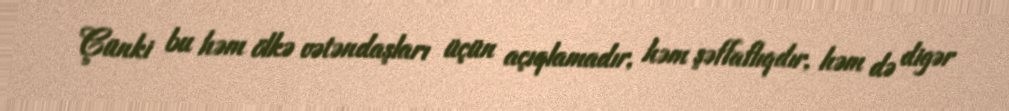
Çünki bu həm ölkə vətəndaşları üçün açıqlamadır, həm şəffaflıqdır, həm də digər